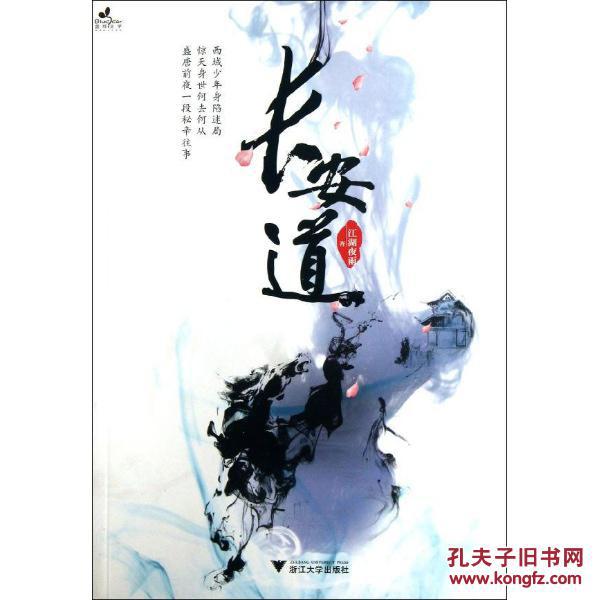
置酒长安道，同心与我违。